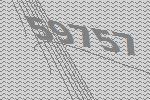
59757